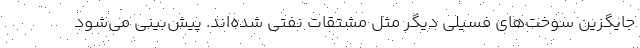
جایگزین سوخت‌های فسیلی دیگر مثل مشتقات نفتی شده‌اند. پیش‌بینی می‌شود